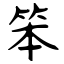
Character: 笨